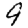
Digit: 9